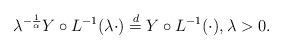
LaTeX: \begin{align*}\lambda^{-{1\over\alpha}} Y \circ L^{-1}(\lambda\cdot) \buildrel d \over = Y \circ L^{-1}(\cdot),\lambda>0.\end{align*}